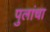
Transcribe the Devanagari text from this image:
पुलांचा